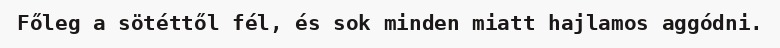
Főleg a sötéttől fél, és sok minden miatt hajlamos aggódni.